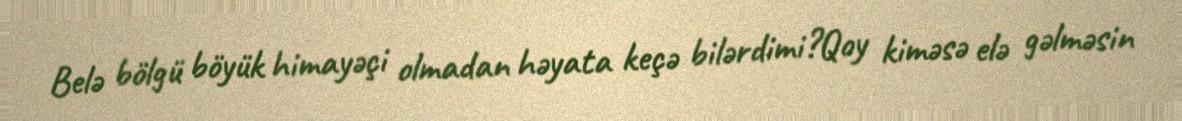
Belə bölgü böyük himayəçi olmadan həyata keçə bilərdimi?Qoy kiməsə elə gəlməsin